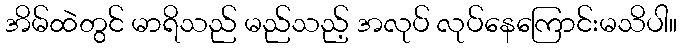
အိမ်ထဲတွင် မာရိသည် မည်သည့် အလုပ် လုပ်နေကြောင်းမသိပါ။